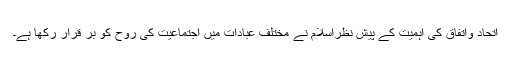
اتحاد واتفاق کی اہمیت کے پیش نظراسلام نے مختلف عبادات میں اجتماعیت کی روح کو بر قرار رکھا ہے۔